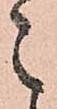
之